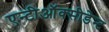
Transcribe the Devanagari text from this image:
एन्टीऑक्सीडेन्ट